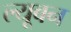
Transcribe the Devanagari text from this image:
ल्यूबन